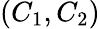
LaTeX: (C_{1},C_{2})